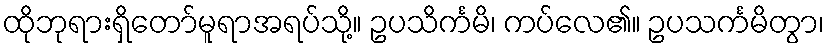
ထိုဘုရားရှိတော်မူရာအရပ်သို့။ ဥပသိင်္ကမိ၊ ကပ်လေ၏။ ဥပသင်္ကမိတွာ၊